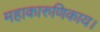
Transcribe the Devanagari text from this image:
महाकारुणिकाय।